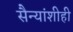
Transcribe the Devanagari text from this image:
सैन्यांशीही